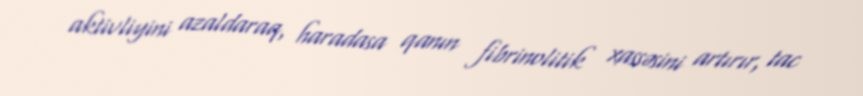
aktivliyini azaldaraq, haradasa qanın fibrinolitik xassəsini artırır, tac